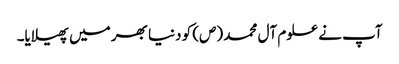
آپ نے علوم آل محمد (ص) کو دنیا بھر میں پھیلایا۔